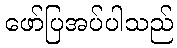
ဖော်ပြအပ်ပါသည်